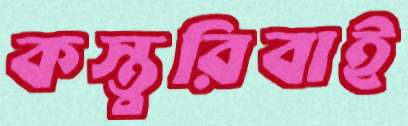
কস্তুরিবাই